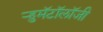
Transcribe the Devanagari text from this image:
ऱ्हुमॅटॉलॉजी